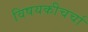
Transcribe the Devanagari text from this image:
विषयकीचर्चा